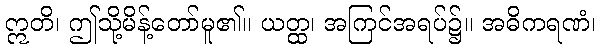
ဣတိ၊ ဤသို့မိန့်တော်မူ၏။ ယတ္ထ၊ အကြင်အရပ်၌။ အဓိကရဏံ၊